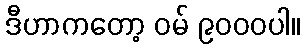
ဒီဟာကတော့ ဝမ် ၉၀၀၀ပါ။